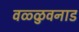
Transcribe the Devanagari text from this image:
वळ्ळुवनाड